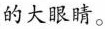
的大眼睛。